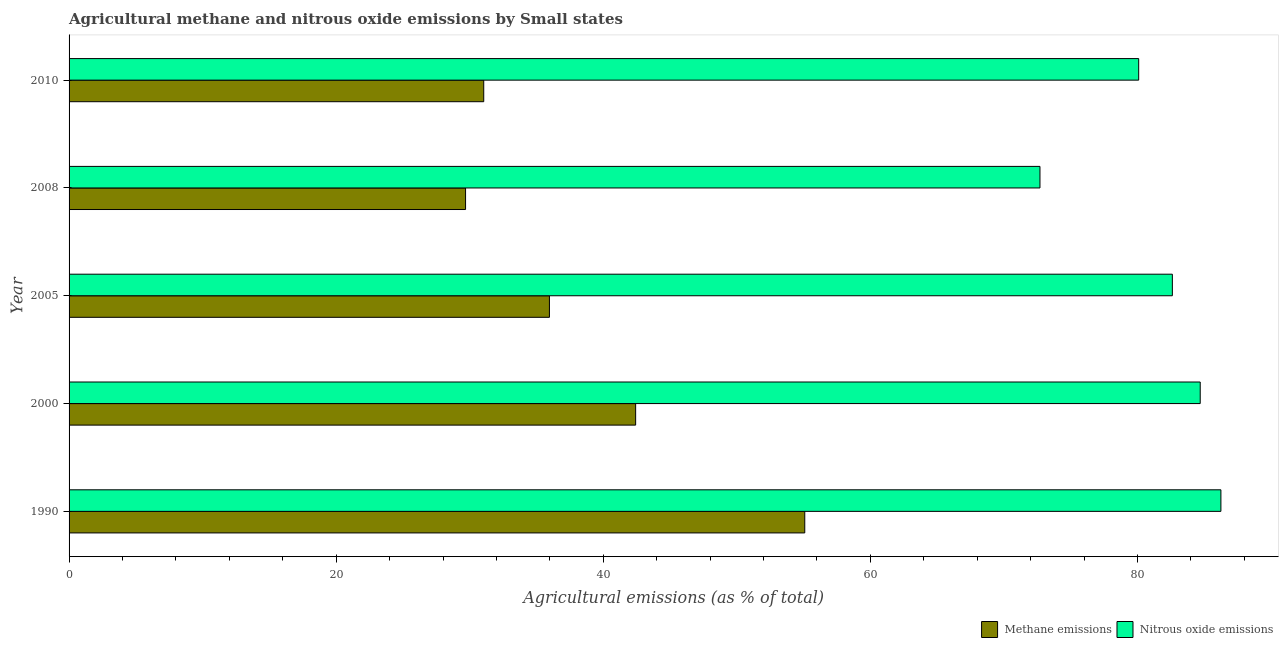
| Year | Methane emissions | Nitrous oxide emissions |
 | --- | --- | --- |
 | 1990 | 55.1 | 86.2 |
 | 2000 | 42.4 | 84.7 |
 | 2005 | 36 | 82.6 |
 | 2008 | 29.7 | 72.7 |
 | 2010 | 31 | 80.1 |